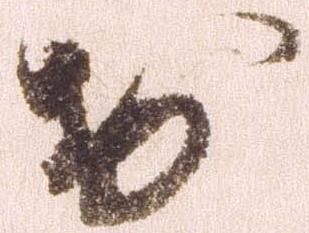
お